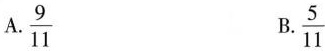
A.\frac{9}{11} B.\frac{5}{11}